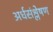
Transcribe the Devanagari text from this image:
अर्धसंश्लेषण